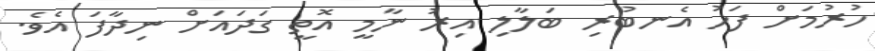
ހުރުމަށް ފަހު އެނބުރި ބަލާލި އިރު ނާމީ އޮތީ ގަދައަށް ނިދާފަ އެވެ.